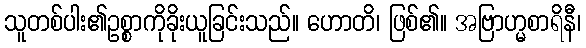
သူတစ်ပါး၏ဥစ္စာကိုခိုးယူခြင်းသည်။ ဟောတိ၊ ဖြစ်၏။ အဗြာဟ္မစာရိနီ၊